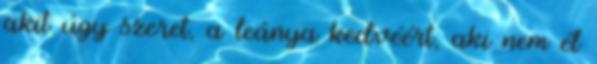
akit úgy szeret, a leánya kedvéért, aki nem él